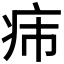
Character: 𤴹